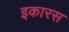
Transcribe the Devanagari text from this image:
इकारस